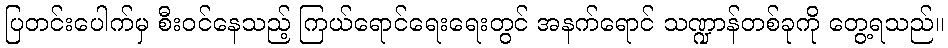
ပြတင်းပေါက်မှ စီးဝင်နေသည့် ကြယ်ရောင်ရေးရေးတွင် အနက်ရောင် သဏ္ဍာန်တစ်ခုကို တွေ့ရသည်။